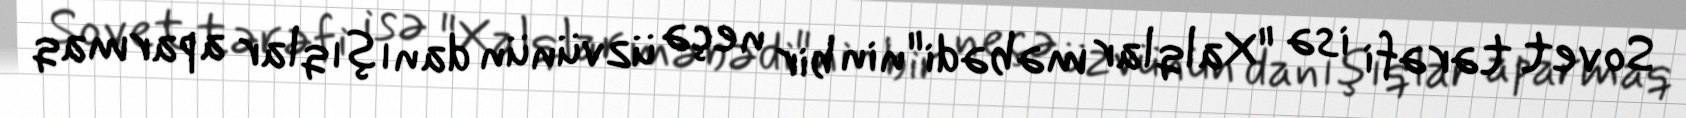
Sovet tərəfi isə "Xalqlar məbədi"nin bir neçə üzvünün danışıqlar aparmaq